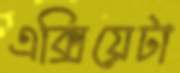
এক্সিয়েটা